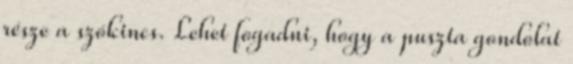
része a szókincs. Lehet fogadni, hogy a puszta gondolat